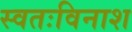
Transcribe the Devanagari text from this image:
स्वतःविनाश